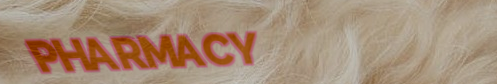
PHARMACY